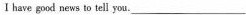
I have good news to tell you.___